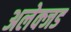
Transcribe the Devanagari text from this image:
अलेक्जड